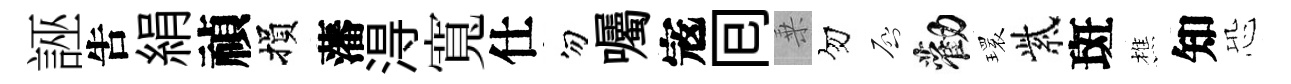
誣吿絹禎損藩淂寬仕勿囑𡨥囘乗勿啓勸𤨔紫斑樵知恐